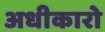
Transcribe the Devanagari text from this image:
अधीकारो